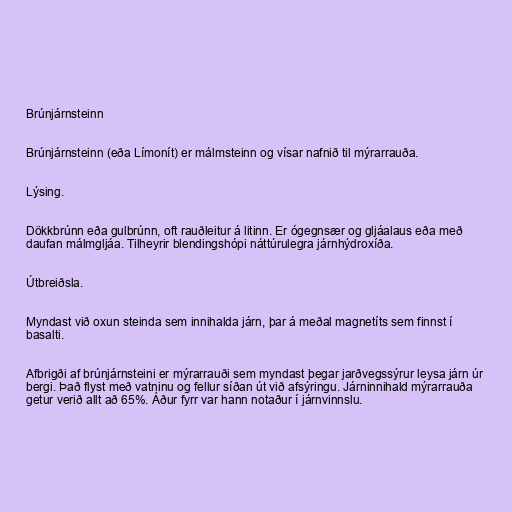
Brúnjárnsteinn

Brúnjárnsteinn (eða Límonít) er málmsteinn og vísar nafnið til mýrarrauða.

Lýsing.

Dökkbrúnn eða gulbrúnn, oft rauðleitur á litinn. Er ógegnsær og gljáalaus eða með
daufan málmgljáa. Tilheyrir blendingshópi náttúrulegra járnhýdroxíða.

Útbreiðsla.

Myndast við oxun steinda sem innihalda járn, þar á meðal magnetíts sem finnst í
basalti.

Afbrigði af brúnjárnsteini er mýrarrauði sem myndast þegar jarðvegssýrur leysa járn úr
bergi. Það flyst með vatninu og fellur síðan út við afsýringu. Járninnihald mýrarrauða
getur verið allt að 65%. Áður fyrr var hann notaður í járnvinnslu.